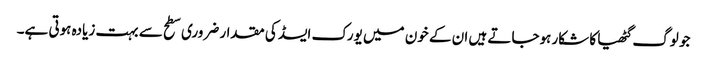
جو لوگ گٹھیا کا شکار ہوجاتے ہیں ان کے خون میں یورک ایسڈ کی مقدار ضروری سطح سے بہت زیادہ ہوتی ہے۔